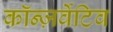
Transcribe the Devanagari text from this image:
कॉन्ज़र्वेटिव